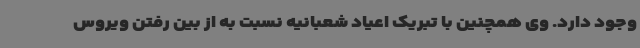
وجود دارد. وی همچنین با تبریک اعیاد شعبانیه نسبت به از بین رفتن ویروس